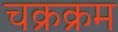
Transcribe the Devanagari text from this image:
चक्रक्रम